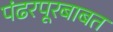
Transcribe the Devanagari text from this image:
पंढरपूरबाबत